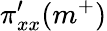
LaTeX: \pi_{xx}^{\prime}(m^{+})